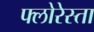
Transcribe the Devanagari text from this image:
फ्लोरेस्ता